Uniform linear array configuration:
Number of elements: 16
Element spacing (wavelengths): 0.5
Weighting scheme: hamming
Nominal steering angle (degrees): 45
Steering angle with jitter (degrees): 46.012
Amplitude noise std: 0.05
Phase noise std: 0.05

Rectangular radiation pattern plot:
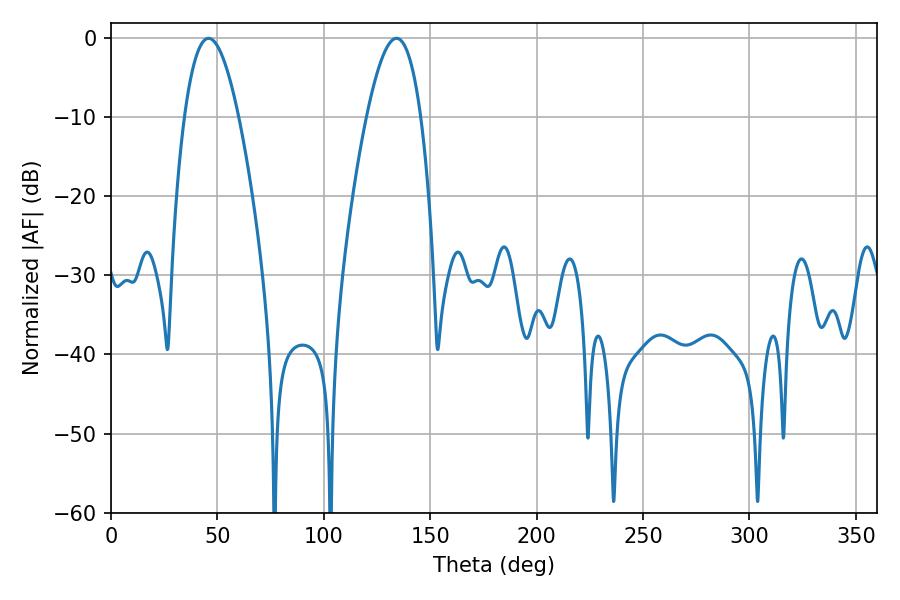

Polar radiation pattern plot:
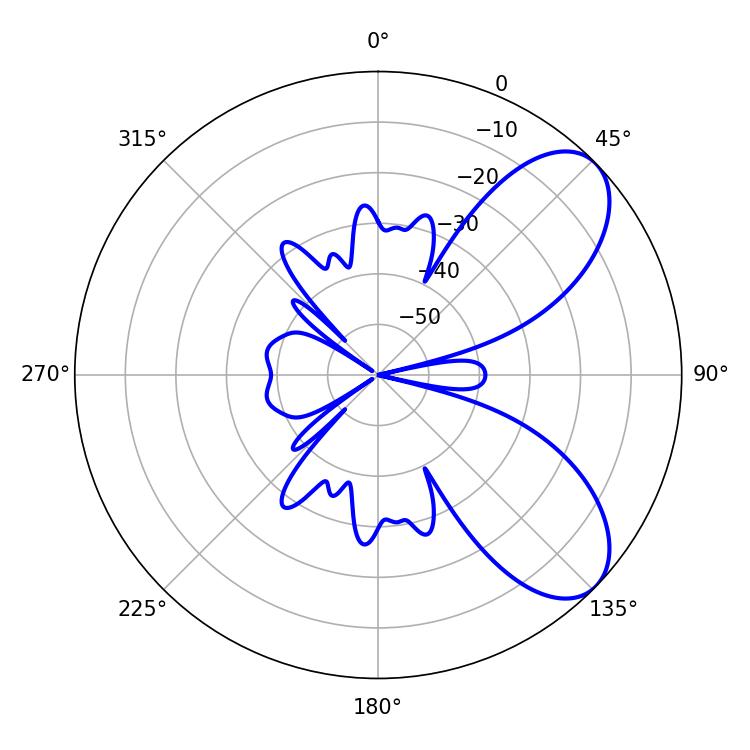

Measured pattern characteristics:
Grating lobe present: FALSE
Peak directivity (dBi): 7.233
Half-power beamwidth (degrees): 14.04
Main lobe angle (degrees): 45.9